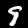
Label: 9